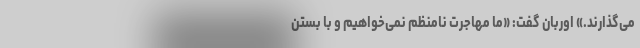
می‌گذارند.» اوربان ‌‌گفت: «ما مهاجرت نامنظم نمی‌خواهیم و با بستن